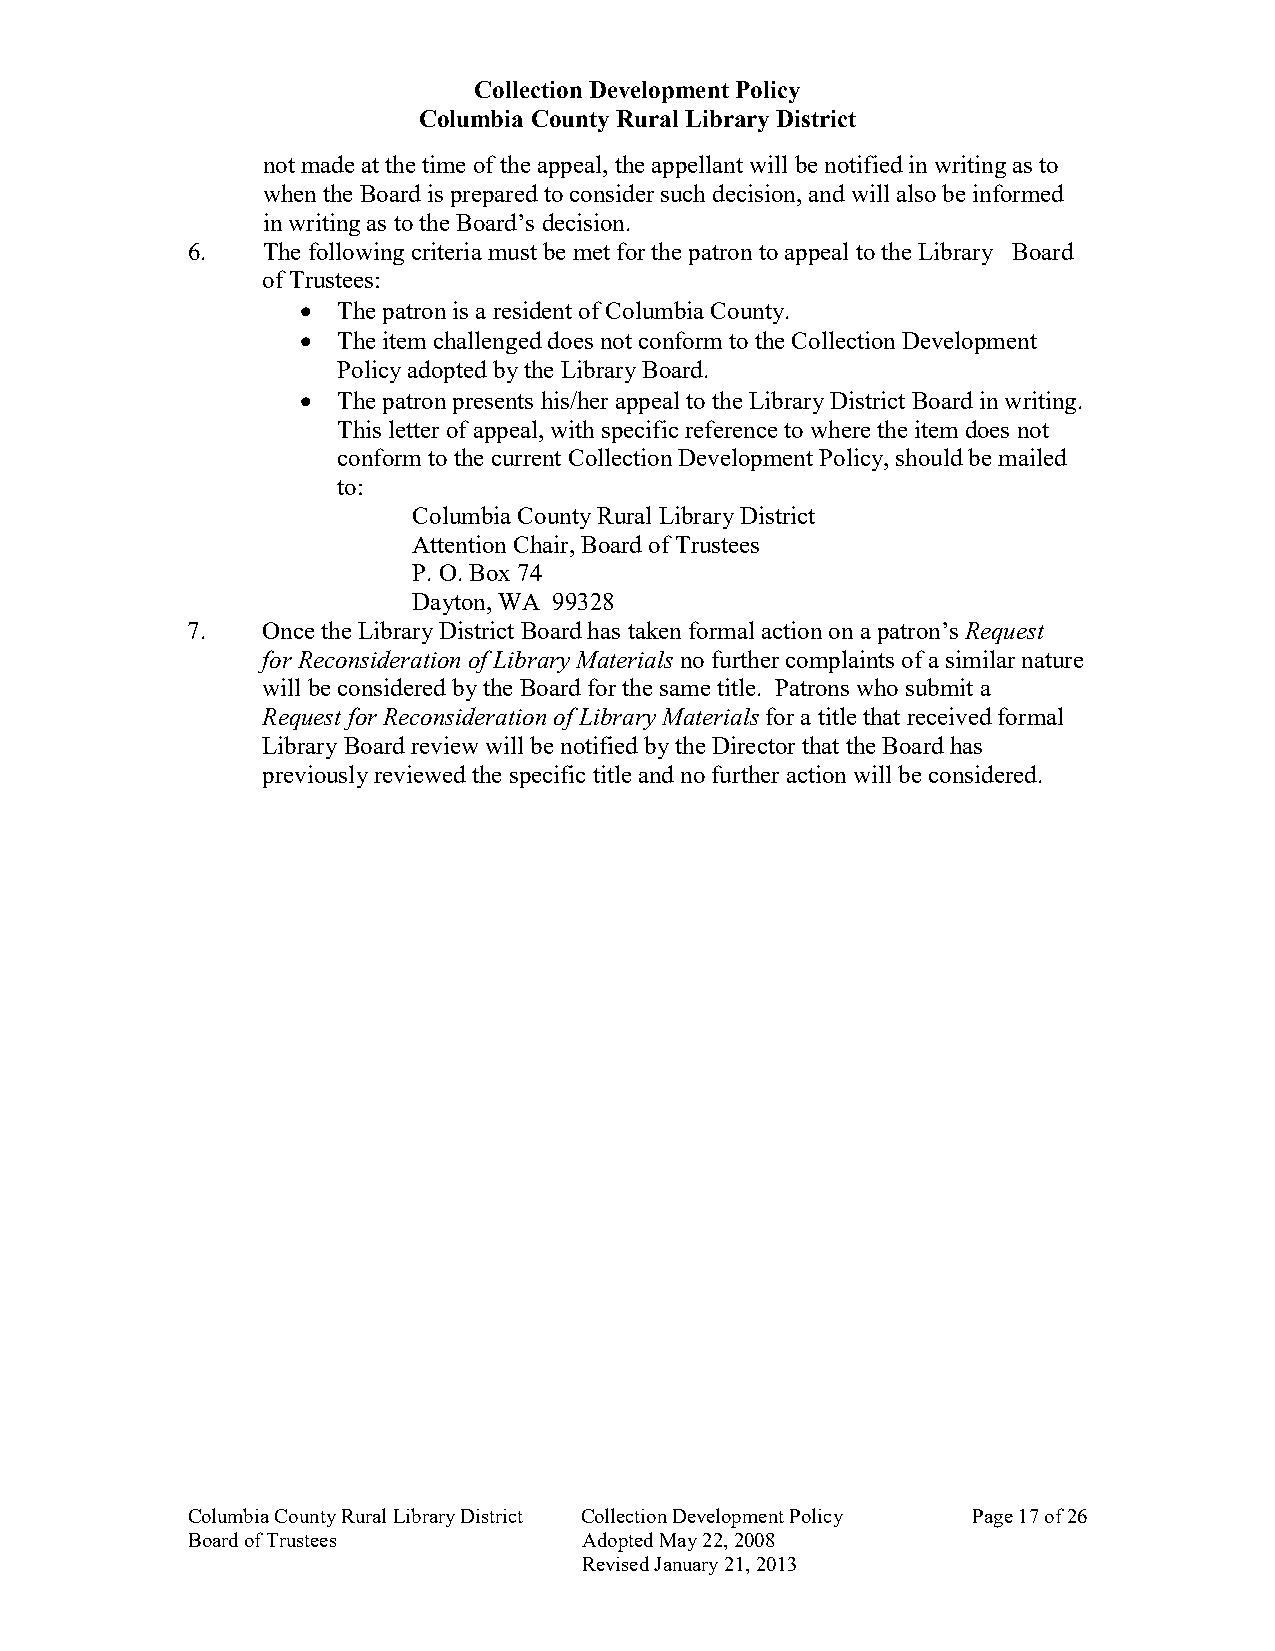
Collection Development Policy
 Columbia County Rural Library District
 not made at the time of the appeal, the appellant will be notified in writing as to
 when the Board is prepared to consider such decision, and will also be informed
 in writing as to the Board’s decision.
 6.   The following criteria must be met for the patron to appeal to the Library Board
 of Trustees:
 • The patron is a resident of Columbia County.
 • The item challenged does not conform to the Collection Development
 Policy adopted by the Library Board.
 • The patron presents his/her appeal to the Library District Board in writing.
 This letter of appeal, with specific reference to where the item does not
 conform to the current Collection Development Policy, should be mailed
 to:
 Columbia County Rural Library District
 Attention Chair, Board of Trustees
 P. O. Box 74
 Dayton, WA 99328
 7.   Once the Library District Board has taken formal action on a patron’s Request
 for Reconsideration of Library Materials no further complaints of a similar nature
 will be considered by the Board for the same title. Patrons who submit a
 Request for Reconsideration of Library Materials for a title that received formal
 Library Board review will be notified by the Director that the Board has
 previously reviewed the specific title and no further action will be considered.
 Columbia County Rural Library District Collection Development Policy Page 17 of 26
 Board of Trustees          Adopted May 22, 2008
 Revised January 21, 2013